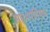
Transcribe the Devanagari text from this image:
आध्यातिमक